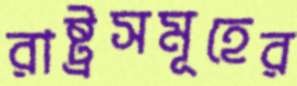
রাষ্ট্রসমূহের